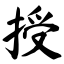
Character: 授